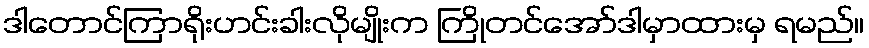
ဒါတောင်ကြာရိုးဟင်းခါးလိုမျိုးက ကြိုတင်အော်ဒါမှာထားမှ ရမည်။